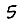
Digit: 5